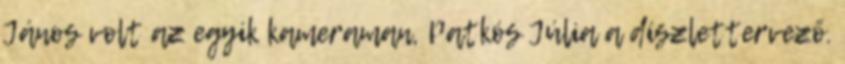
János volt az egyik kameraman, Patkós Júlia a díszlettervező.